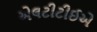
એલટીટીઈએ